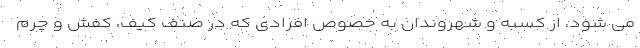
می شود، از کسبه و شهروندان به خصوص افرادی که در صنف کیف، کفش و چرم